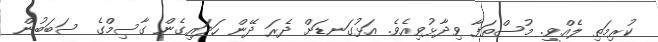
ކުރިމަތި ލެއްވީ. މުސްތަފާ ވިދާޅުވިއެވެ. އަޅުގަނޑަށް ދެރަ ދޭން ހަދައިގެން ގާސިމްގެ ސަބަބުން